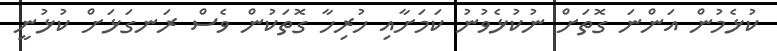
ކުޅެމުން އަންނަ ގޮތަށް ނުކުޅެވުނު ކަމަށާއި ހުރިހާ ގޮތަކުން ވެސް ރަނގަޅަށް ކުޅުނީ